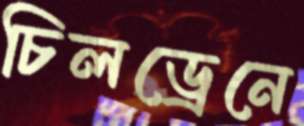
চিলড্রেনে